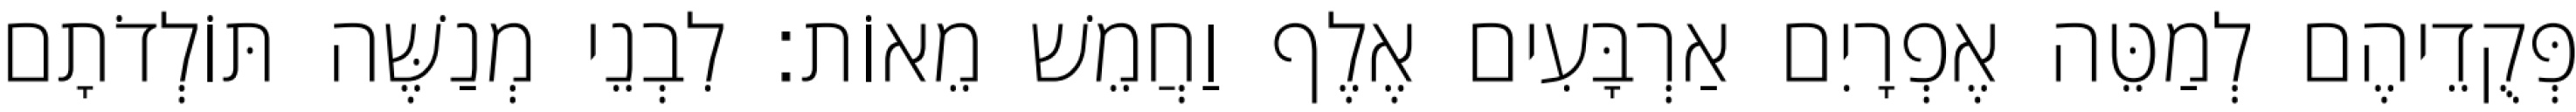
פְּקֻדֵיהֶם לְמַטֵּה אֶפְרָיִם אַרְבָּעִים אֶלֶף וַחֲמֵשׁ מֵאוֹת׃ לִבְנֵי מְנַשֶּׁה תּוֹלְדֹתָם